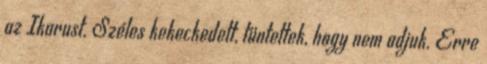
az Ikarust. Széles kekeckedett, tüntettek, hogy nem adjuk. Erre